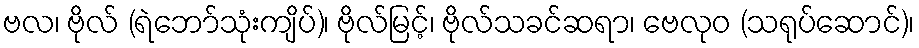
ဗလ၊ ဗိုလ် (ရဲဘော်သုံးကျိပ်)၊ ဗိုလ်မြင့်၊ ဗိုလ်သခင်ဆရာ၊ ဗေလုဝ (သရုပ်ဆောင်)၊